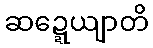
ဆဍ္ဍေယျာတိ